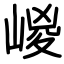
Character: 嵕